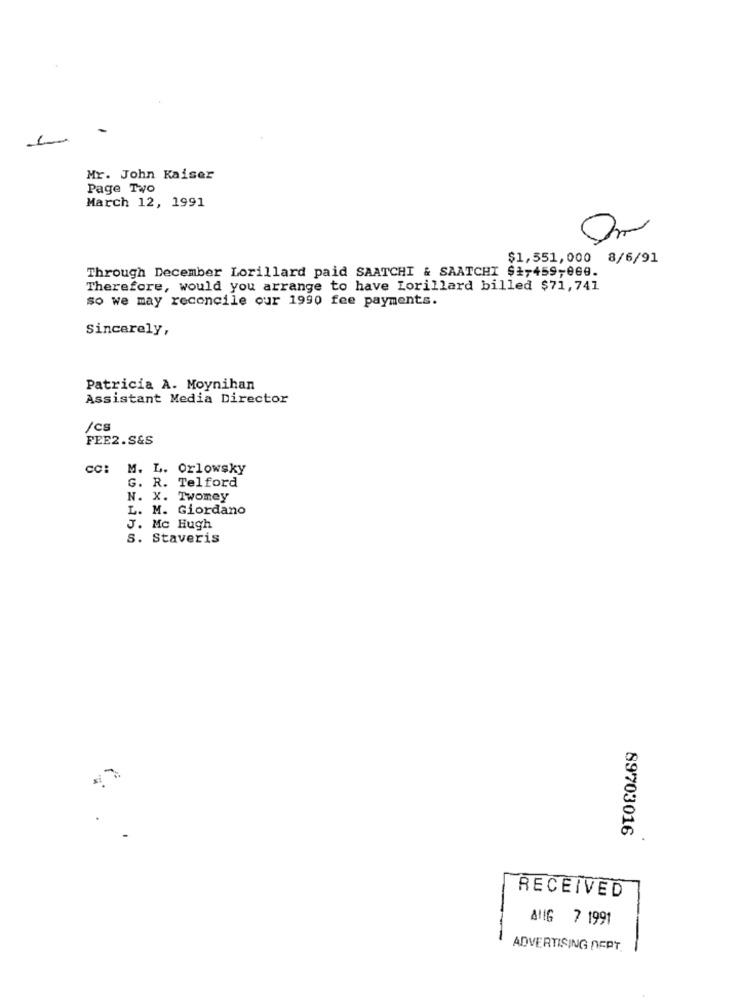
Mr. John Kaiser
Page Tyo
March 12, 1991
$1,551,000 8/6/91
Through December Lorillard paid SAATCHI & SAATCHI $1,459-069.
Therefore, would you arrange to have Lorillard billed $71,741
so we may reconcile our 1990 fee payments.
Sincerely,
Patricia A. Moynihan
Assistant Media Director
/cs
FEE2.S&S
CC: M. L. Orlowsky
G. R. Telford
N. X. Twomey
L. M. Giordano
J. Mc Hugh
S. Staveris
89703016
RECEIVED
ANG 7 1991
ADVERTISING NEPT